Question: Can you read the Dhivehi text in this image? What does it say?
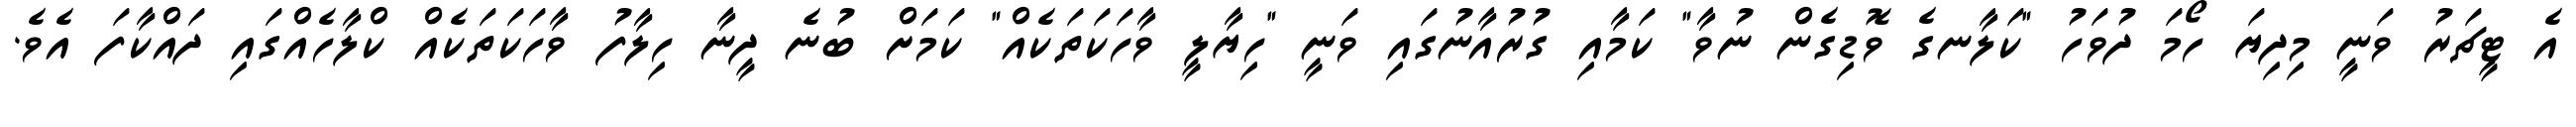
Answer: އެ ޓީޗަރު ވަނީ މިދިޔަ ހޯމަ ދުވަހު "ކަލާނގެ ވޮޑިގެން ނުވާ" ކަމާއި ގުރުއާނުގައި ވަނީ "ހިޔާލީ ވާހަކަތަކެއް" ކަމަށް ބުނެ ދީނާ ހިލާފު ވާހަކަތަކެއް ކްލާހެއްގައި ދައްކާފަ އެވެ.